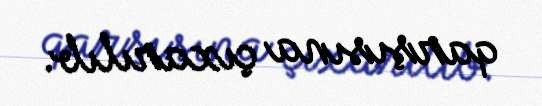
qarşısına çıxarılıb.